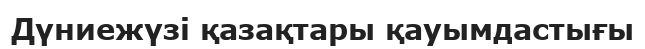
Дүниежүзі қазақтары қауымдастығы